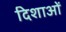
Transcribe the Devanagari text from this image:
दिशाआें